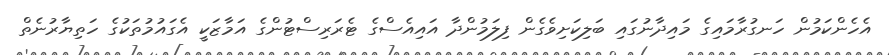
އެހެންކަމުން ހަނގުރާމައިގެ މައިދާނުގައި ބަލިކަށިވެގެން ފިލަމުންދާ އައިއެސްގެ ޓެރަރިސްޓުންގެ އަމާޒަކީ އެގައުމުތަކުގެ ހަތިޔާރުނެތް